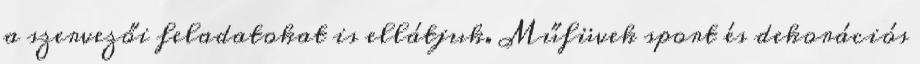
a szervezői feladatokat is ellátjuk. Műfüvek sport és dekorációs